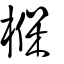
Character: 椺